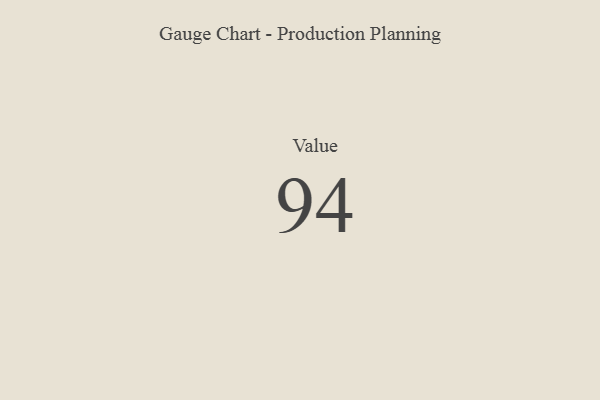
{"axis": {"x": "Metric", "y": "Value"}, "legend": [""], "data": [{"x": "Value", "y": 94, "type": ""}]}